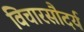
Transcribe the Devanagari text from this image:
विचारसौदर्य